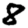
Digit: 8